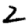
Digit: 2